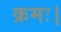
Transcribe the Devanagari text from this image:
क्रमः।